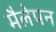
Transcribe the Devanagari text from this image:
मैलेपन